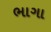
ભાગા